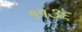
૧૧૩૬